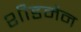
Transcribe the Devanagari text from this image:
शीडमैन